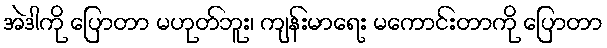
အဲဒါကို ပြောတာ မဟုတ်ဘူး၊ ကျန်းမာရေး မကောင်းတာကို ပြောတာ